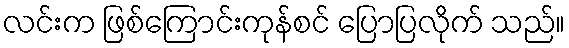
လင်းက ဖြစ်ကြောင်းကုန်စင် ပြောပြလိုက် သည်။